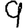
Digit: 9